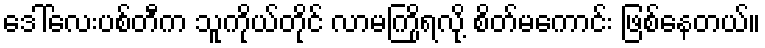
ဒေါ်လေးပစ်တီက သူကိုယ်တိုင် လာမကြိုရလို့ စိတ်မကောင်း ဖြစ်နေတယ်။